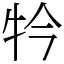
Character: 𤘡